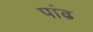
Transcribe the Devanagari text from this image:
पांढ